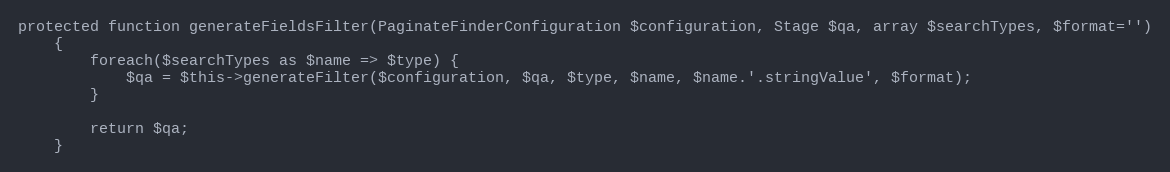
Language: PHP
protected function generateFieldsFilter(PaginateFinderConfiguration $configuration, Stage $qa, array $searchTypes, $format='')
    {
        foreach($searchTypes as $name => $type) {
            $qa = $this->generateFilter($configuration, $qa, $type, $name, $name.'.stringValue', $format);
        }

        return $qa;
    }